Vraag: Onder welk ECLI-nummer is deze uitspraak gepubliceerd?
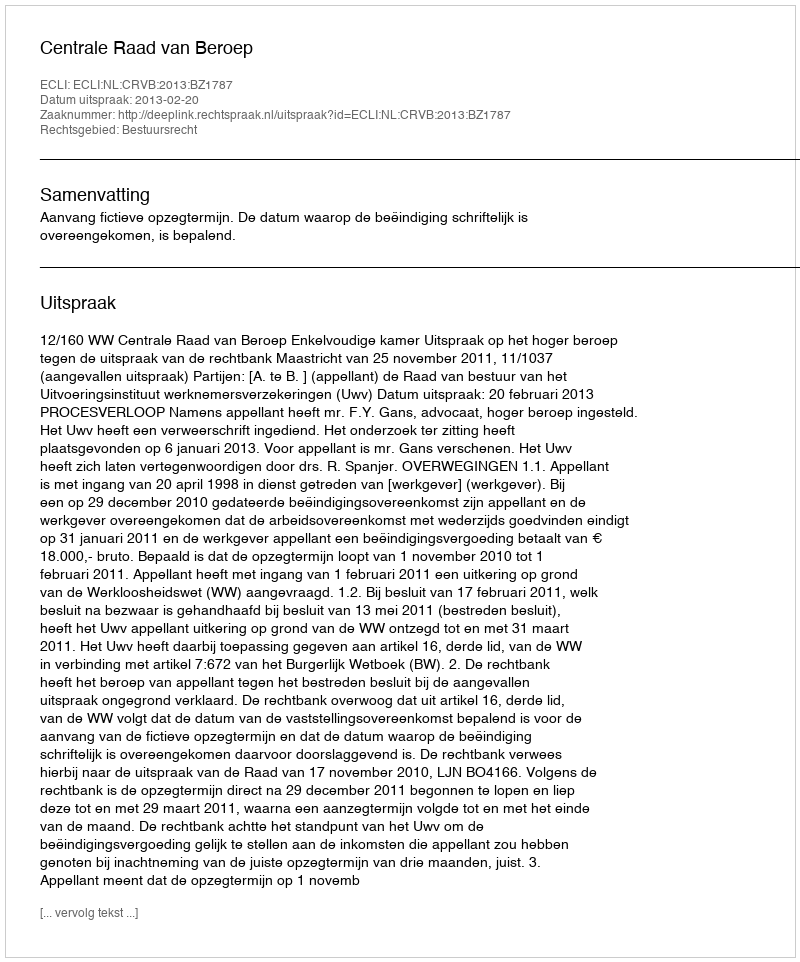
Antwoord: ECLI:NL:CRVB:2013:BZ1787